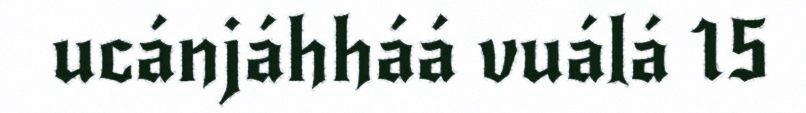
ucánjáhháá vuálá 15